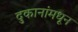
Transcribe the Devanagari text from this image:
दुकानांमधून